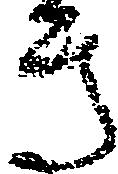
き